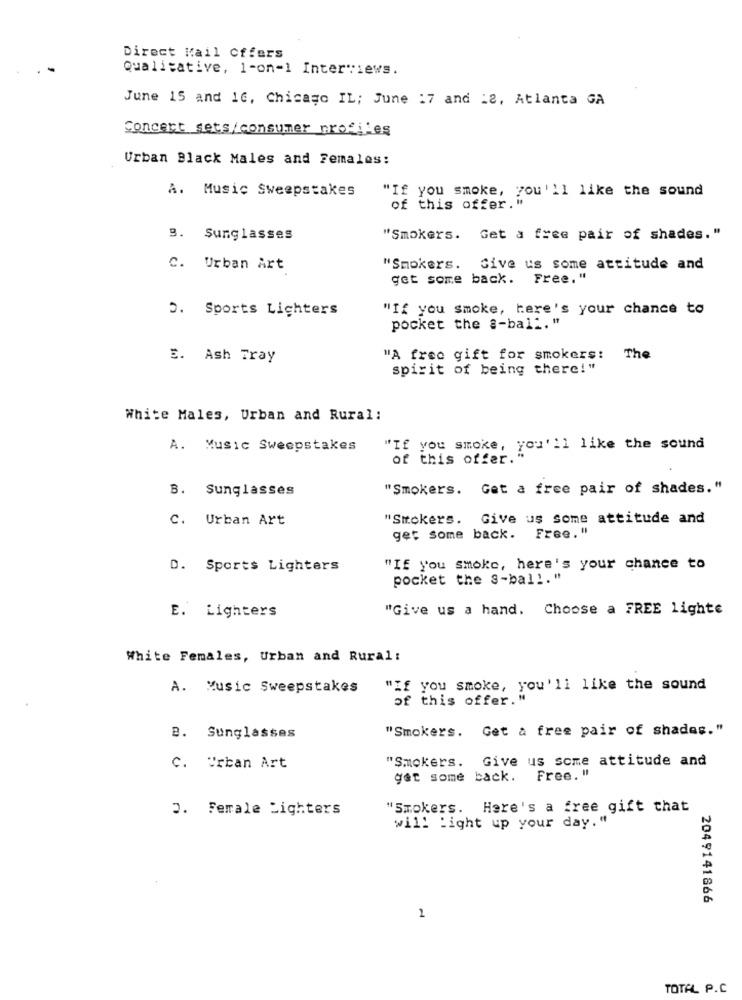
Direct Mail Offers
Qualitative, 1-on-1 Interviews.
June 15 and 16, Chicago IL; June 17 and :2, Atlanta GA
Concert gets/consumer profiles
Urban Black Males and Females:
A. Music Sweepstakes
"If you smoke, you'll like the sound
of this offer."
3. Sunglasses
"Smokers. Get a free pair of shades."
C. Urban Art
"Smokers.
Give us some attitude and
get some back. Free, "
O. Sports Lighters
"If you smoke, here's your chance to
pocket the a-bal","
E. Ash Tray
"A free gift for smokers:
The
spirit of being there!"
White Males, Urban and Rural:
A. Music Sweepstakes
"If you smoke, you'll like the sound
of this offer.
B. Sunglasses
"Smokers. Get a free pair of shades."
C. Urban Art
"Smokers. Give us Some attitude and
get some back. Free, "
D. Sports Lighters
"If you smoke, here's your chance to
pocket the s-ball."
E. Lighters
"Give us a hand. Choose a FREE lighte
White Females, Urban and Rural:
A. Music Sweepstakes
"If you smoke, you'll like the sound
of this offer.
"Smokers. Get a free pair of shades."
2. Sunglasses
"Smokers. Give us some attitude and
C. Urban Art
get some back. Free. "
3. Female Lighters
"Smokers. Here's a free gift that
will Light up your day."
2049141866
1
TOTAL P.C